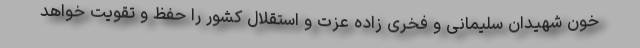
خون شهیدان سلیمانی و فخری زاده عزت و استقلال کشور را حفظ و تقویت خواهد